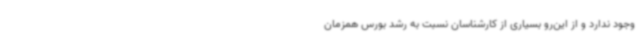
وجود ندارد و از این‌رو بسیاری از کارشناسان نسبت به رشد بورس همزمان